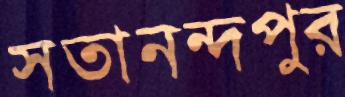
সতানন্দপুর